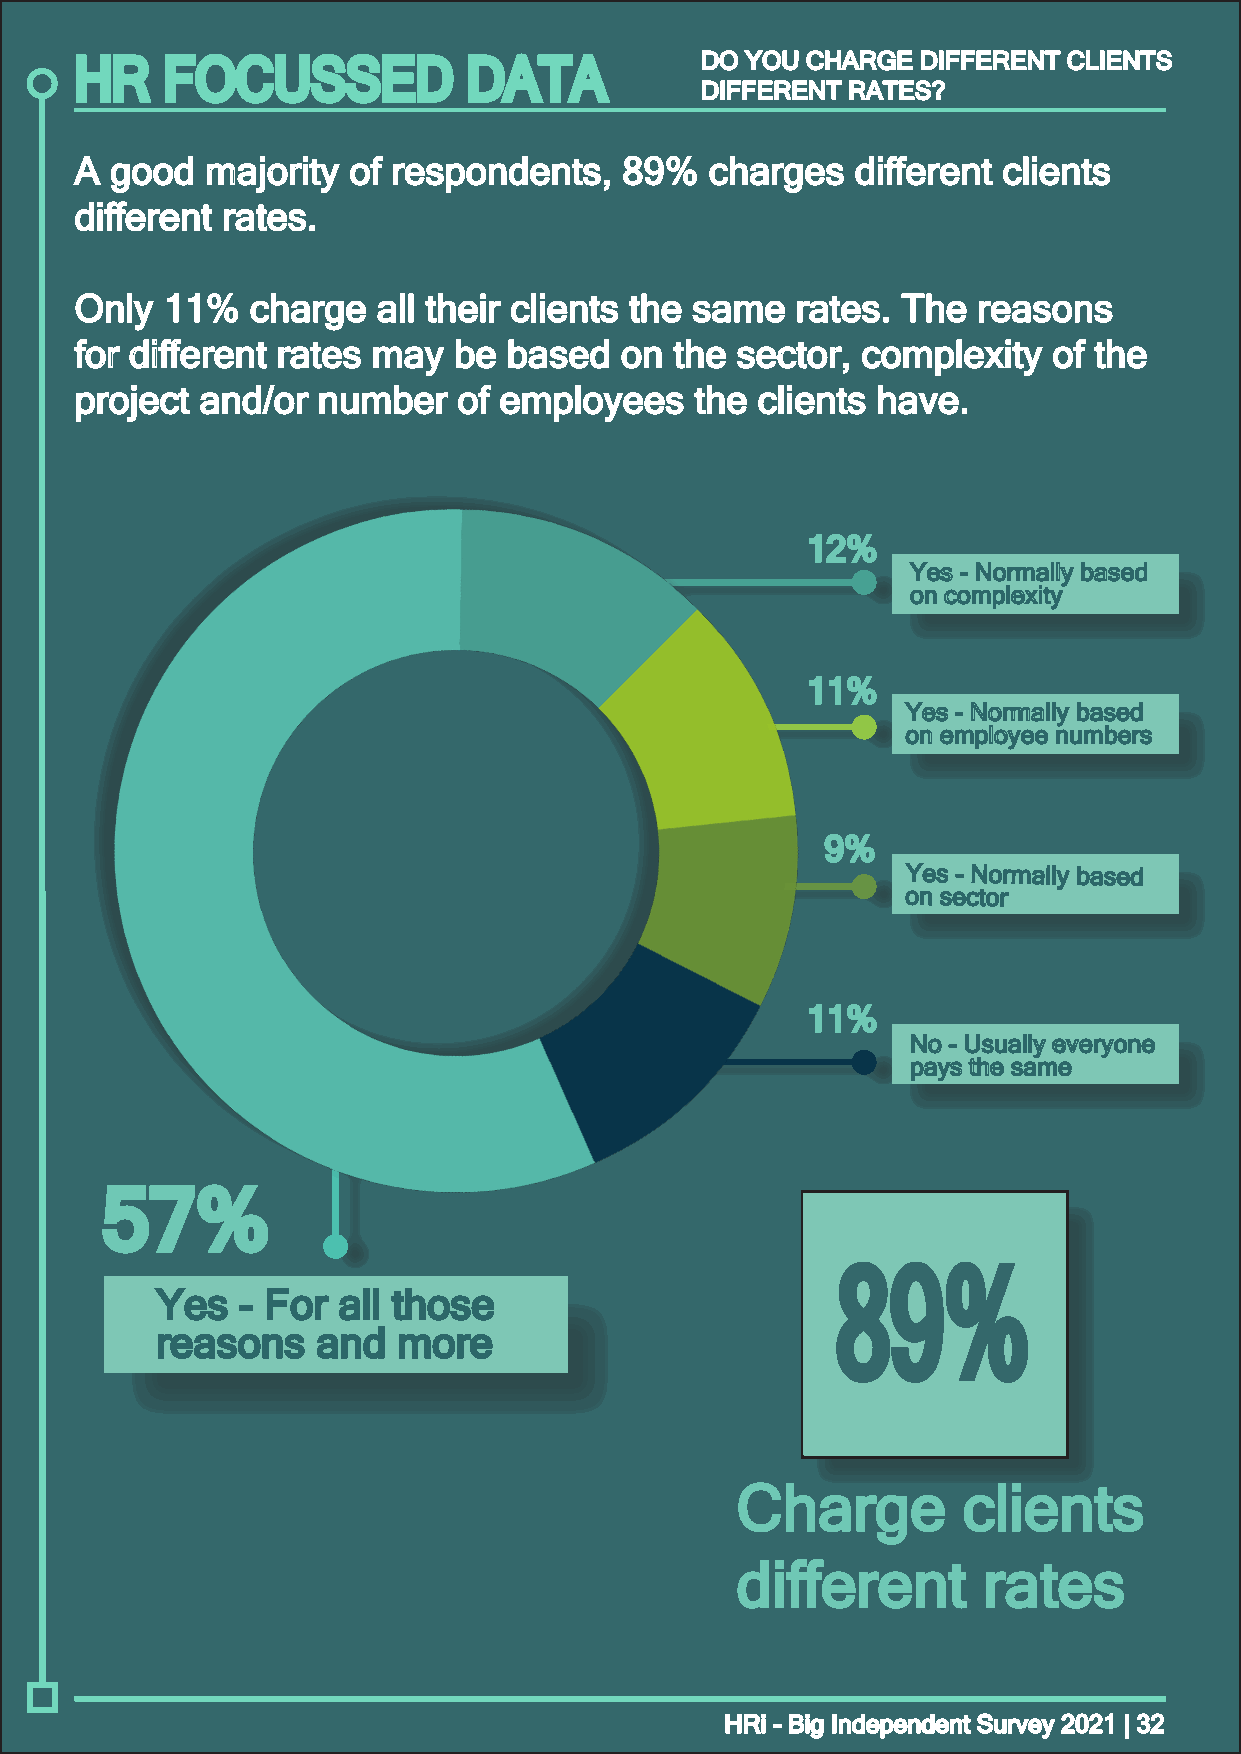
HR    FOCUSSED            DATA           DDOO YYOOUU CCHHAARRGGEE DDIIFFFFEERREENNTT CCLLIIEENNTTSS
 DDIIFFFFEERREENNTT RRAATTEESS??
 AA ggoooodd mmaajjoorriittyy ooff rreessppoonnddeennttss,, 8899%% cchhaarrggeess ddiiffffeerreenntt cclliieennttss
 ddiiffffeerreenntt rraatteess..
 OOnnllyy 1111%% cchhaarrggee aallll tthheeiirr cclliieennttss tthhee ssaammee rraatteess.. TThhee rreeaassoonnss
 ffoorr ddiiffffeerreenntt rraatteess mmaayy bbee bbaasseedd oonn tthhee sseeccttoorr,, ccoommpplleexxiittyy ooff tthhee
 pprroojjeecctt aanndd//oorr nnuummbbeerr ooff eemmppllooyyeeeess tthhee cclliieennttss hhaavvee..
 1122%%
 YYeess -- NNoorrmmaallllyy bbaasseedd
 oonn ccoommpplleexxiittyy
 1111%%
 YYeess -- NNoorrmmaallllyy bbaasseedd
 oonn eemmppllooyyeeee nnuummbbeerrss
 99%%
 YYeess -- NNoorrmmaallllyy bbaasseedd
 oonn sseeccttoorr
 1111%%
 NNoo -- UUssuuaallllyy eevveerryyoonnee
 ppaayyss tthhee ssaammee
 5577%%
 89%
 YYeess -- FFoorr aallll tthhoossee
 rreeaassoonnss aanndd mmoorree
 CChhaarrggee   cclliieennttss
 ddiiffffeerreenntt rraatteess
 HHRRii -- BBiigg IInnddeeppeennddeenntt SSuurrvveeyy 22002211 || 3322